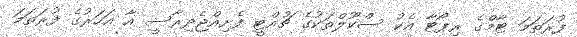
ފުރަތަމަ ޓާމްގެ ރިޕޯޓާ އެކު ސްކޫލްތަކުގެ ޗުއްޓީ ފެށިއްޖެދިރާސީ އާ އަހަރުގެ ފުރަތަމަ